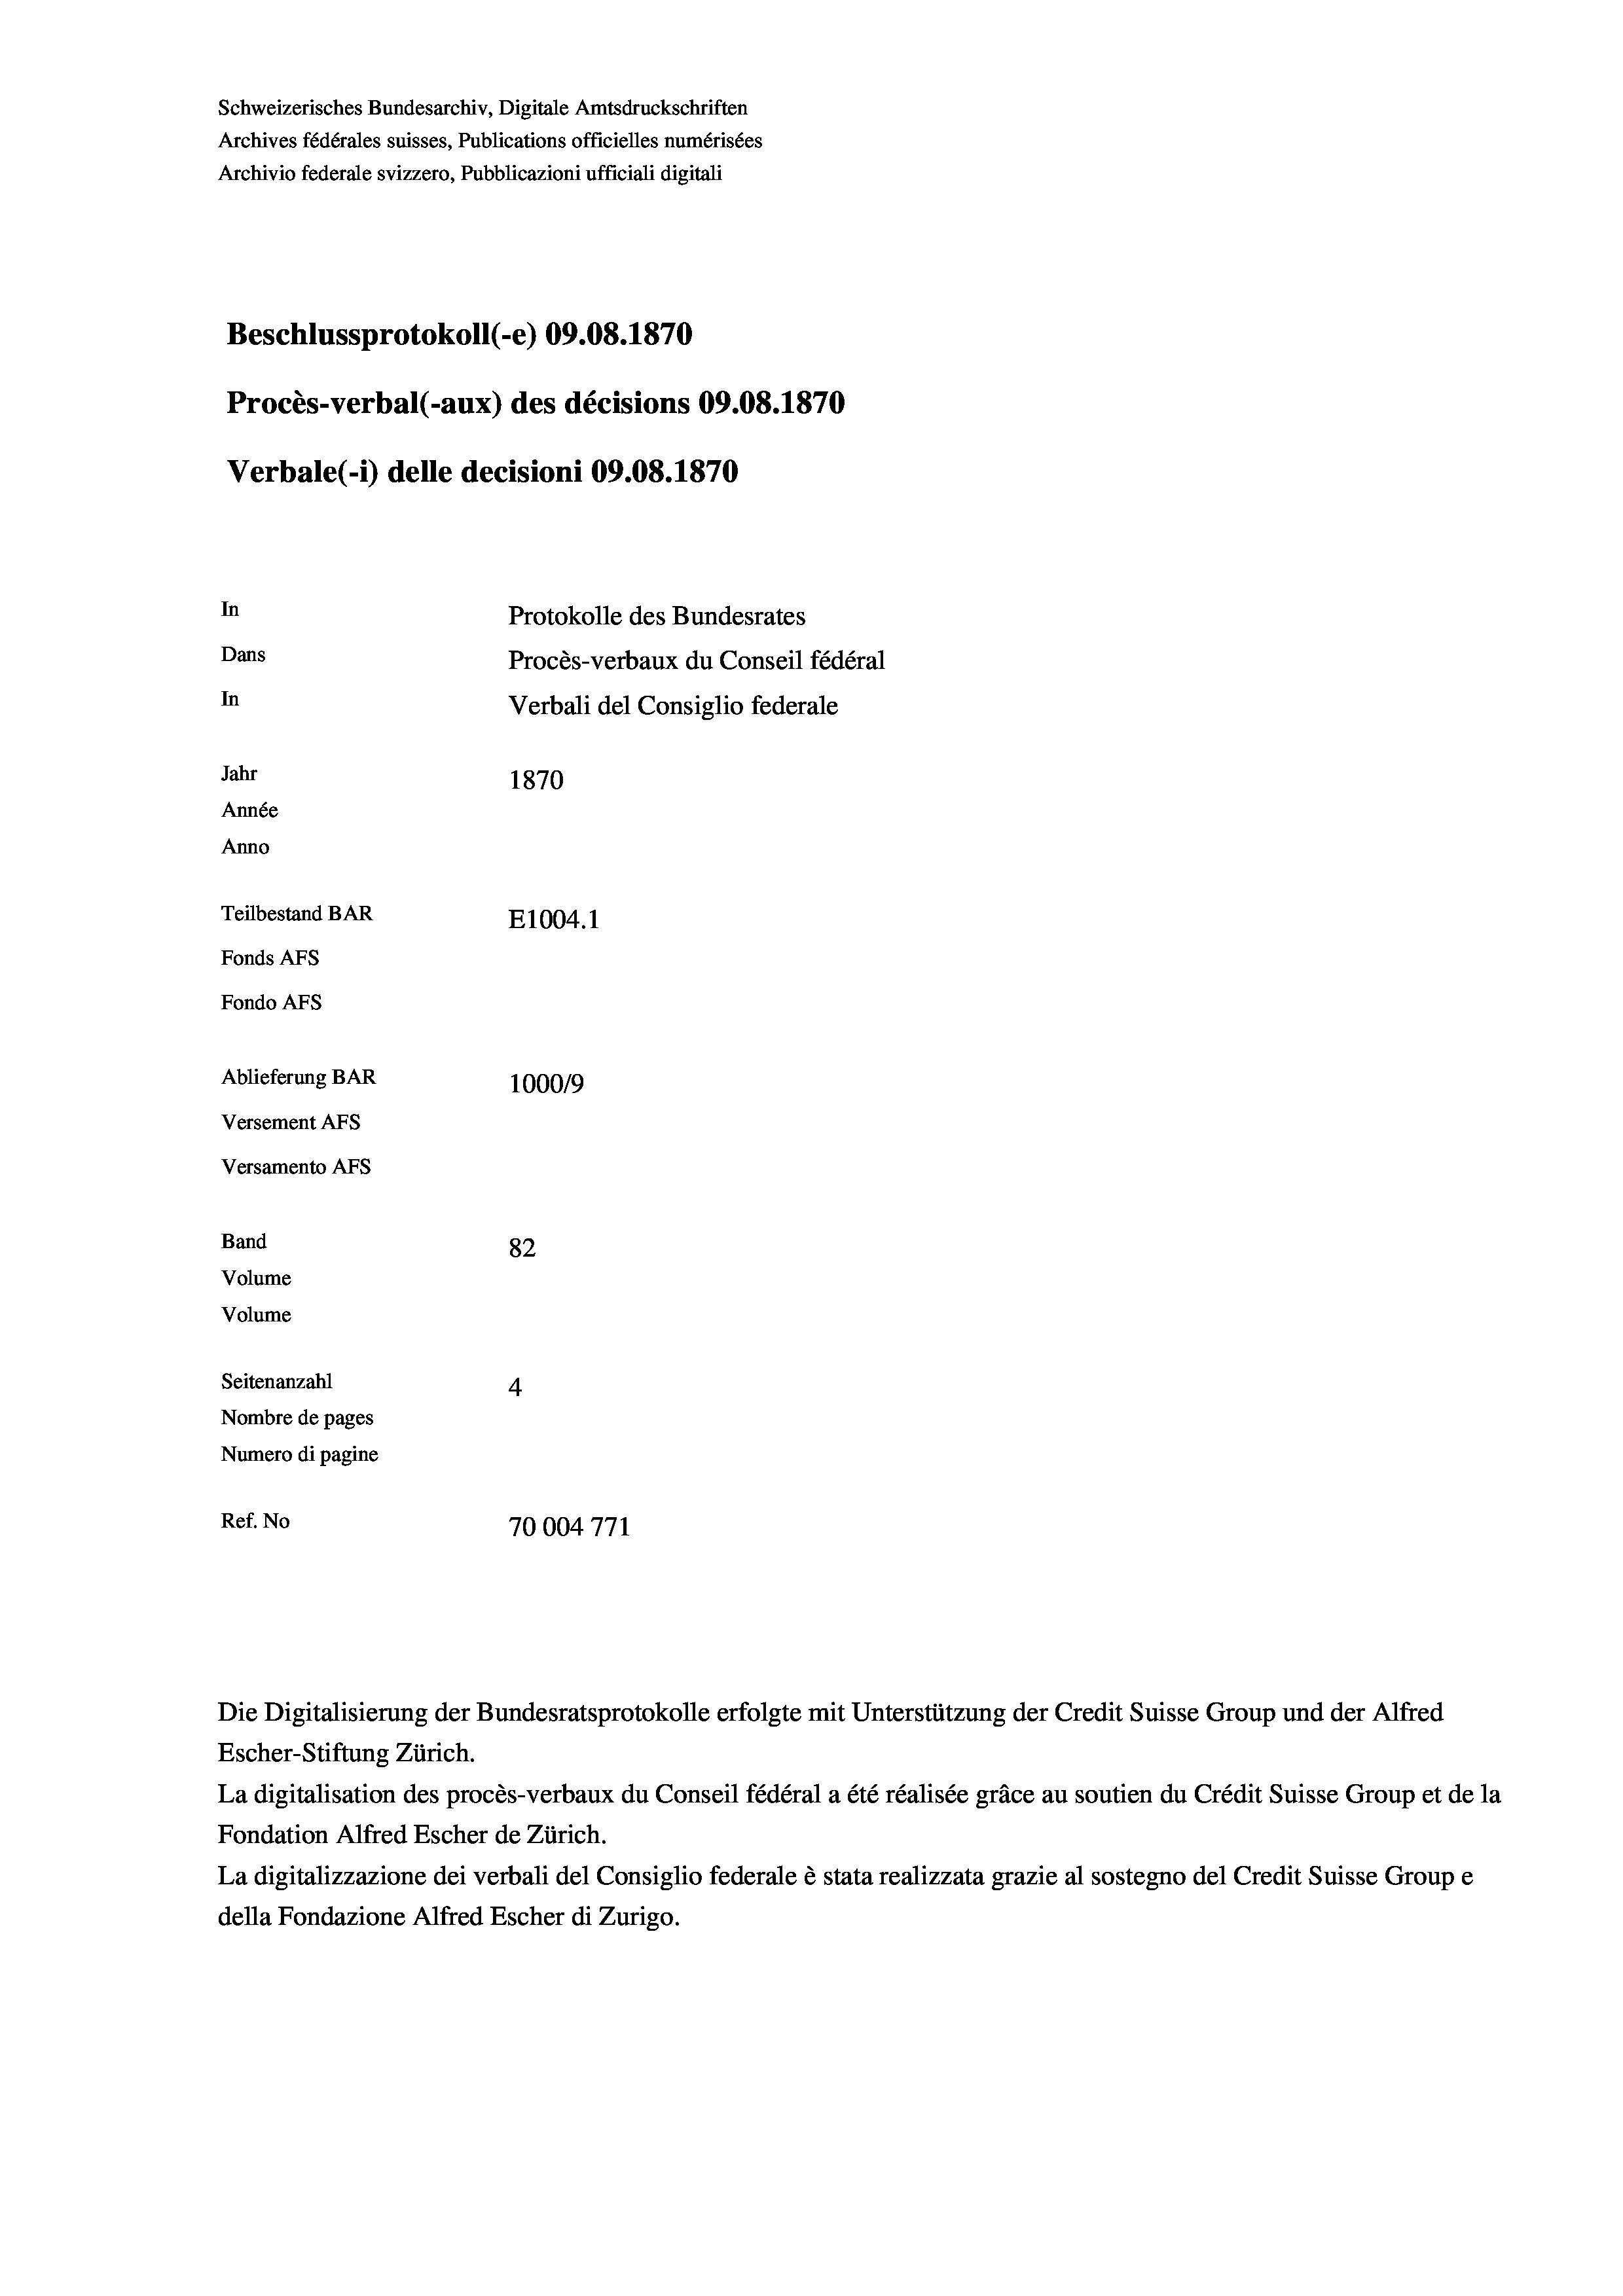
Schweizerisches Bundesarchiv, Digitale Amtsdruckschriften
Archives fédérales suisses, Publications officielles numérisées
Archivio federale svizzero, Pubblicazioni ufficiali digitali
Beschlussprotokoll (-e) 09.08. 1870
Procès-verbal (-aux) des décisions 09.08. 1870
Verbale(-*) delle decisioni 09.08. 1870
In
Protokolle des Bundesrates
Dans
Procès-verbaux du Conseil fédéral
In
Verbali del Consiglio federale
Jahr
1870
Année
Anno
Teilbestand BAR
E1004.1
Fonds AFs
Fondo AFs
Ablieferung BAR
1000/9
Versement AFS
Versamento Afs
Band
82
Volume
Volume
Seitenanzahl
4
Nombre de pages
Numero di pagine
Ref. No
70004771

Escher-Stiftung Zürich.
La digitalisation des procès-verbaux du Conseil fédéral a été réalisée gräce au soutien du Crédit Suisse Group et de la
Fondation Alfred Escher de Zürich.
La digitalizzazione dei verbali del Consiglio federale è stata realizzata grazie al sostegno del Credit Suisse Groupe
della Fondazione Alfred Escher di Zurigo.

Die Digitalisierung der Bundesratsprotokolle erfolgte mit Unterstützung der Credit Suisse Group und der Alfred